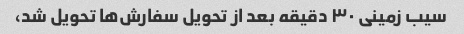
سیب زمینی ۳۰ دقیقه بعد از تحویل سفارش‌ها تحویل شد،